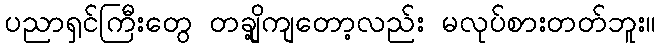
ပညာရှင်ကြီးတွေ တချို့ကျတော့လည်း မလုပ်စားတတ်ဘူး။